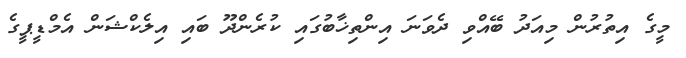
މީގެ އިތުރުން މިއަދު ބޭއްވި ދެވަނަ އިންތިޚާބުގައި ކުރެންދޫ ބައި އިލެކްޝަން އެމްޑީޕީގެ